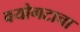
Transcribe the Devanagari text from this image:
वयोगटाचा